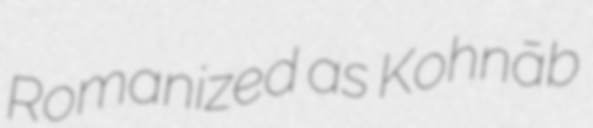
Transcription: Romanized as Kohnāb